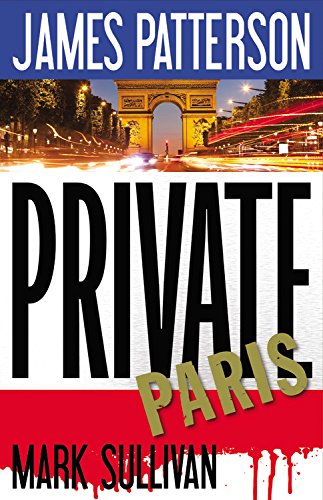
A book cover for Private Paris (Jack Morgan Series); James Patterson; Mystery, Thriller & Suspense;